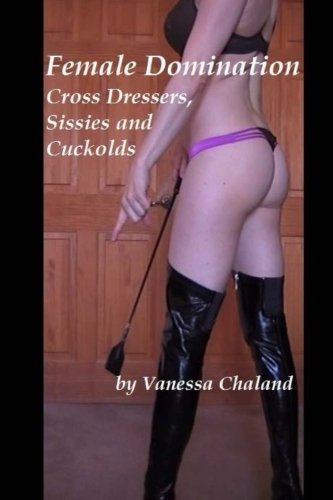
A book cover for Female Domination: Cross Dressers, Sissies and Cuckolds; Vanessa Chaland; Comics & Graphic Novels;